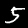
Digit: 5